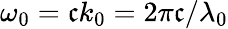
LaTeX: \omega_{0}=\mathfrak{c}k_{0}=2\pi\mathfrak{c}/\lambda_{0}